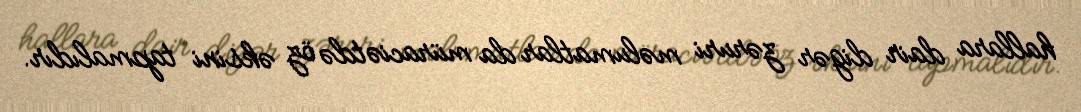
hallara dair digər zəruri məlumatlar da müraciətdə öz əksini tapmalıdır.